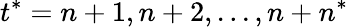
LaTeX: t^{*}=n+1,n+2,...,n+n^{*}